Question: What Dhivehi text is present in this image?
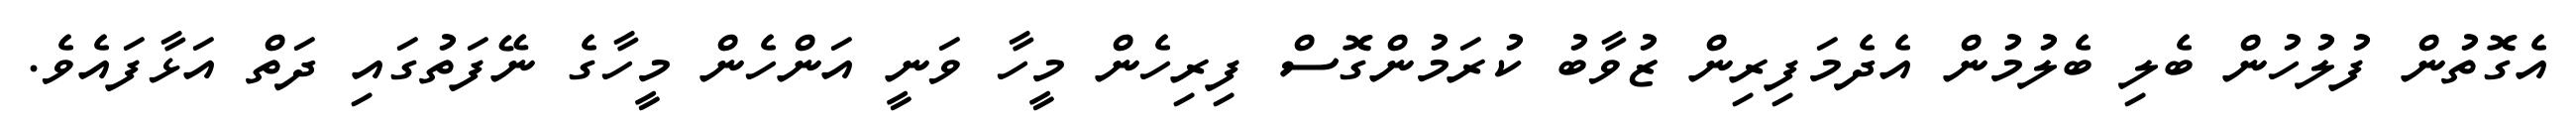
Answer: އެގޮތުން ފުލުހުން ބެލި ބެލުމުން އެދެމަފިރިން ޒުވާބު ކުރަމުންގޮސް ފިރިހެން މީހާ ވަނީ އަންހެން މީހާގެ ނޭފަތުގައި ދަތް އަޅާފައެވެ.